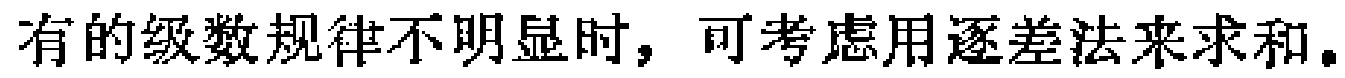
有的级数规律不明显时，可考虑用逐差法来求和。